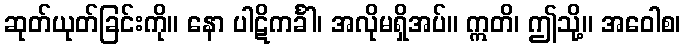
ဆုတ်ယုတ်ခြင်းကို။ နော ပါဋိကင်္ခါ၊ အလိုမရှိအပ်။ ဣတိ၊ ဤသို့။ အဝေါစ၊